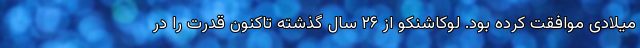
میلادی موافقت کرده بود. لوکاشنکو از ۲۶ سال گذشته تاکنون قدرت را در